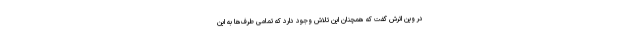
در وین اترش گفت که همچنان این تلاش وجود دارد که تمامی طرف‌ها به این